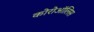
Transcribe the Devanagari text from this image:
कोरोऑलिस